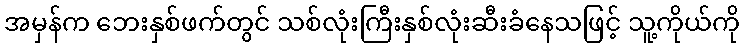
အမှန်က ဘေးနှစ်ဖက်တွင် သစ်လုံးကြီးနှစ်လုံးဆီးခံနေသဖြင့် သူ့ကိုယ်ကို